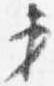
第